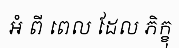
ឣំ ពី ពេល ដែល ភិក្ខុ